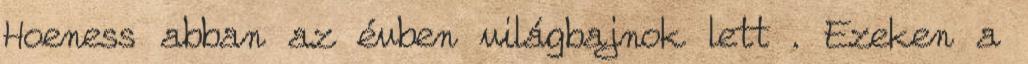
Hoeness abban az évben világbajnok lett . Ezeken a